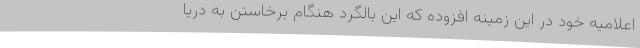
اعلامیه خود در این زمینه افزوده که این بالگرد هنگام برخاستن به دریا